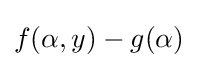
f(\alpha ,y)-g(\alpha )